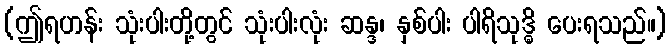
(ဤရဟန်း သုံးပါးတို့တွင် သုံးပါးလုံး ဆန္ဒ၊ နှစ်ပါး ပါရိသုဒ္ဓိ ပေးရသည်။)